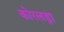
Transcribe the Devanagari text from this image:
कोरलड्रा